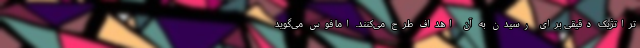
تراتژیکِ دقیقی برای رسیدن به آن اهداف طرح می‌کنند. اما فوس می‌گوید